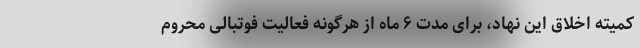
کمیته اخلاق این نهاد، برای مدت ۶ ماه از هرگونه فعالیت فوتبالی محروم